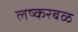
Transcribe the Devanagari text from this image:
लष्करबळ